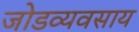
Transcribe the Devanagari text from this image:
जोडव्यवसाय